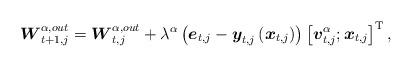
LaTeX: \begin{align*}\setlength{\abovedisplayskip}{4 pt}\setlength{\belowdisplayskip}{4 pt}{\boldsymbol{W}_{t + 1,j}^{\alpha,out}} = {\boldsymbol{W}_{t,j}^{\alpha,out}} + {\lambda^\alpha }\left( {\boldsymbol{e}_{t,j}-\boldsymbol{y}_{t,j}\left(\boldsymbol{x}_{t,j} \right)} \right)\left[ {{\boldsymbol{v}_{t,j}^\alpha};{\boldsymbol{x}_{t,j}}} \right]^{\mathrm{T}},\end{align*}